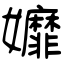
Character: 孊